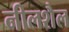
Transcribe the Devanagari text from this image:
नीलशैल